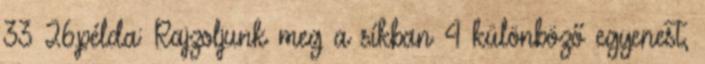
33 26.példa: Rajzoljunk meg a síkban 4 különböző egyenest,